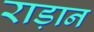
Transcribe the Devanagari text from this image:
राड़ान